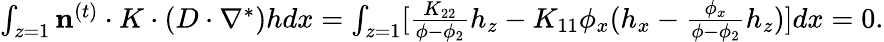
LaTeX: \begin{array}{r}{\int_{z=1}\mathbf{n}^{(t)}\cdot K\cdot(D\cdot\nabla^{*})hdx=\int_{z=1}[\frac{K_{22}}{\phi-\phi_{2}}h_{z}-K_{11}\phi_{x}(h_{x}-\frac{\phi_{x}}{\phi-\phi_{2}}h_{z})]dx=0.}\end{array}